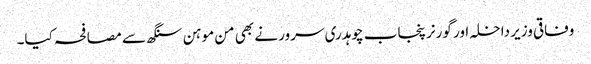
وفاقی وزیر داخلہ اور گورنر پنجاب چوہدری سرور نے بھی من موہن سنگھ سے مصافحہ کیا۔